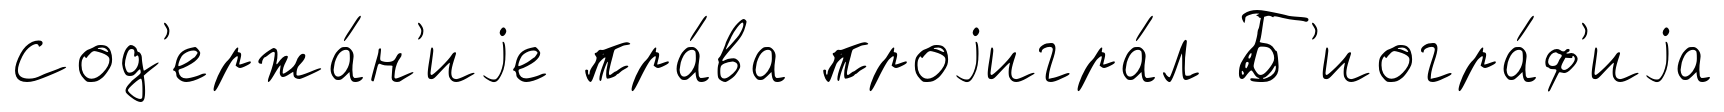
Сод'ержа́н'иjе пра́ва проjигра́л Б'иогра́ф'иjа